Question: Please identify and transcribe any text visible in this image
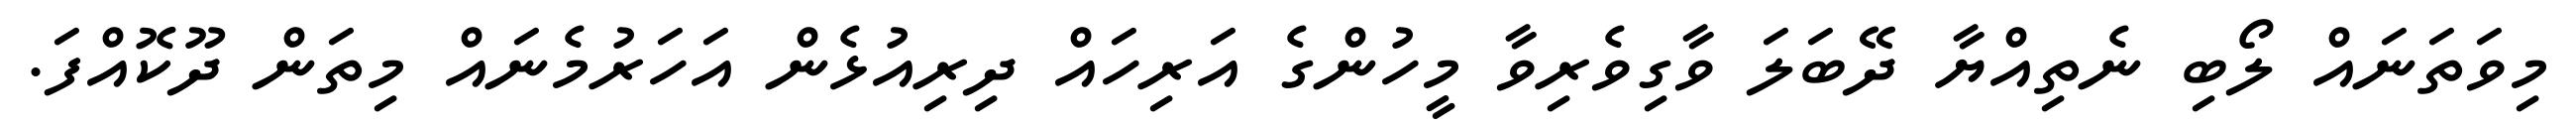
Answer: މިވަތަނައް ލޯބި ނެތިއްޔާ ދޭބަލަ ވާގިވެރިވާ މީހުންގެ އަރިހައް ދިރިއުޅެން އަހަރުމެނައް މިތަން ދޫކޮއްފަ.